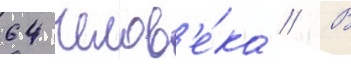
64 челов'е́ка // В